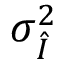
\sigma _ { \hat { I } } ^ { 2 }